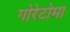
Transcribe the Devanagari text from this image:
गोरेटोमा